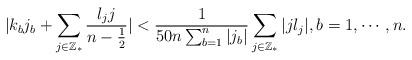
LaTeX: \begin{align*}|k_bj_b+\sum_{j\in\mathbb{Z}_*}\frac{l_jj}{n-\frac12}|< \frac{1}{50n\sum_{b=1}^n|j_b|}\sum_{j\in\mathbb{Z}_*}|jl_j|,b=1,\cdots,n.\end{align*}